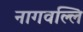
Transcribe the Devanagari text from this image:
नागवल्लि